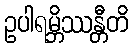
ဥပါရမ္ဘိဿန္တီတိ